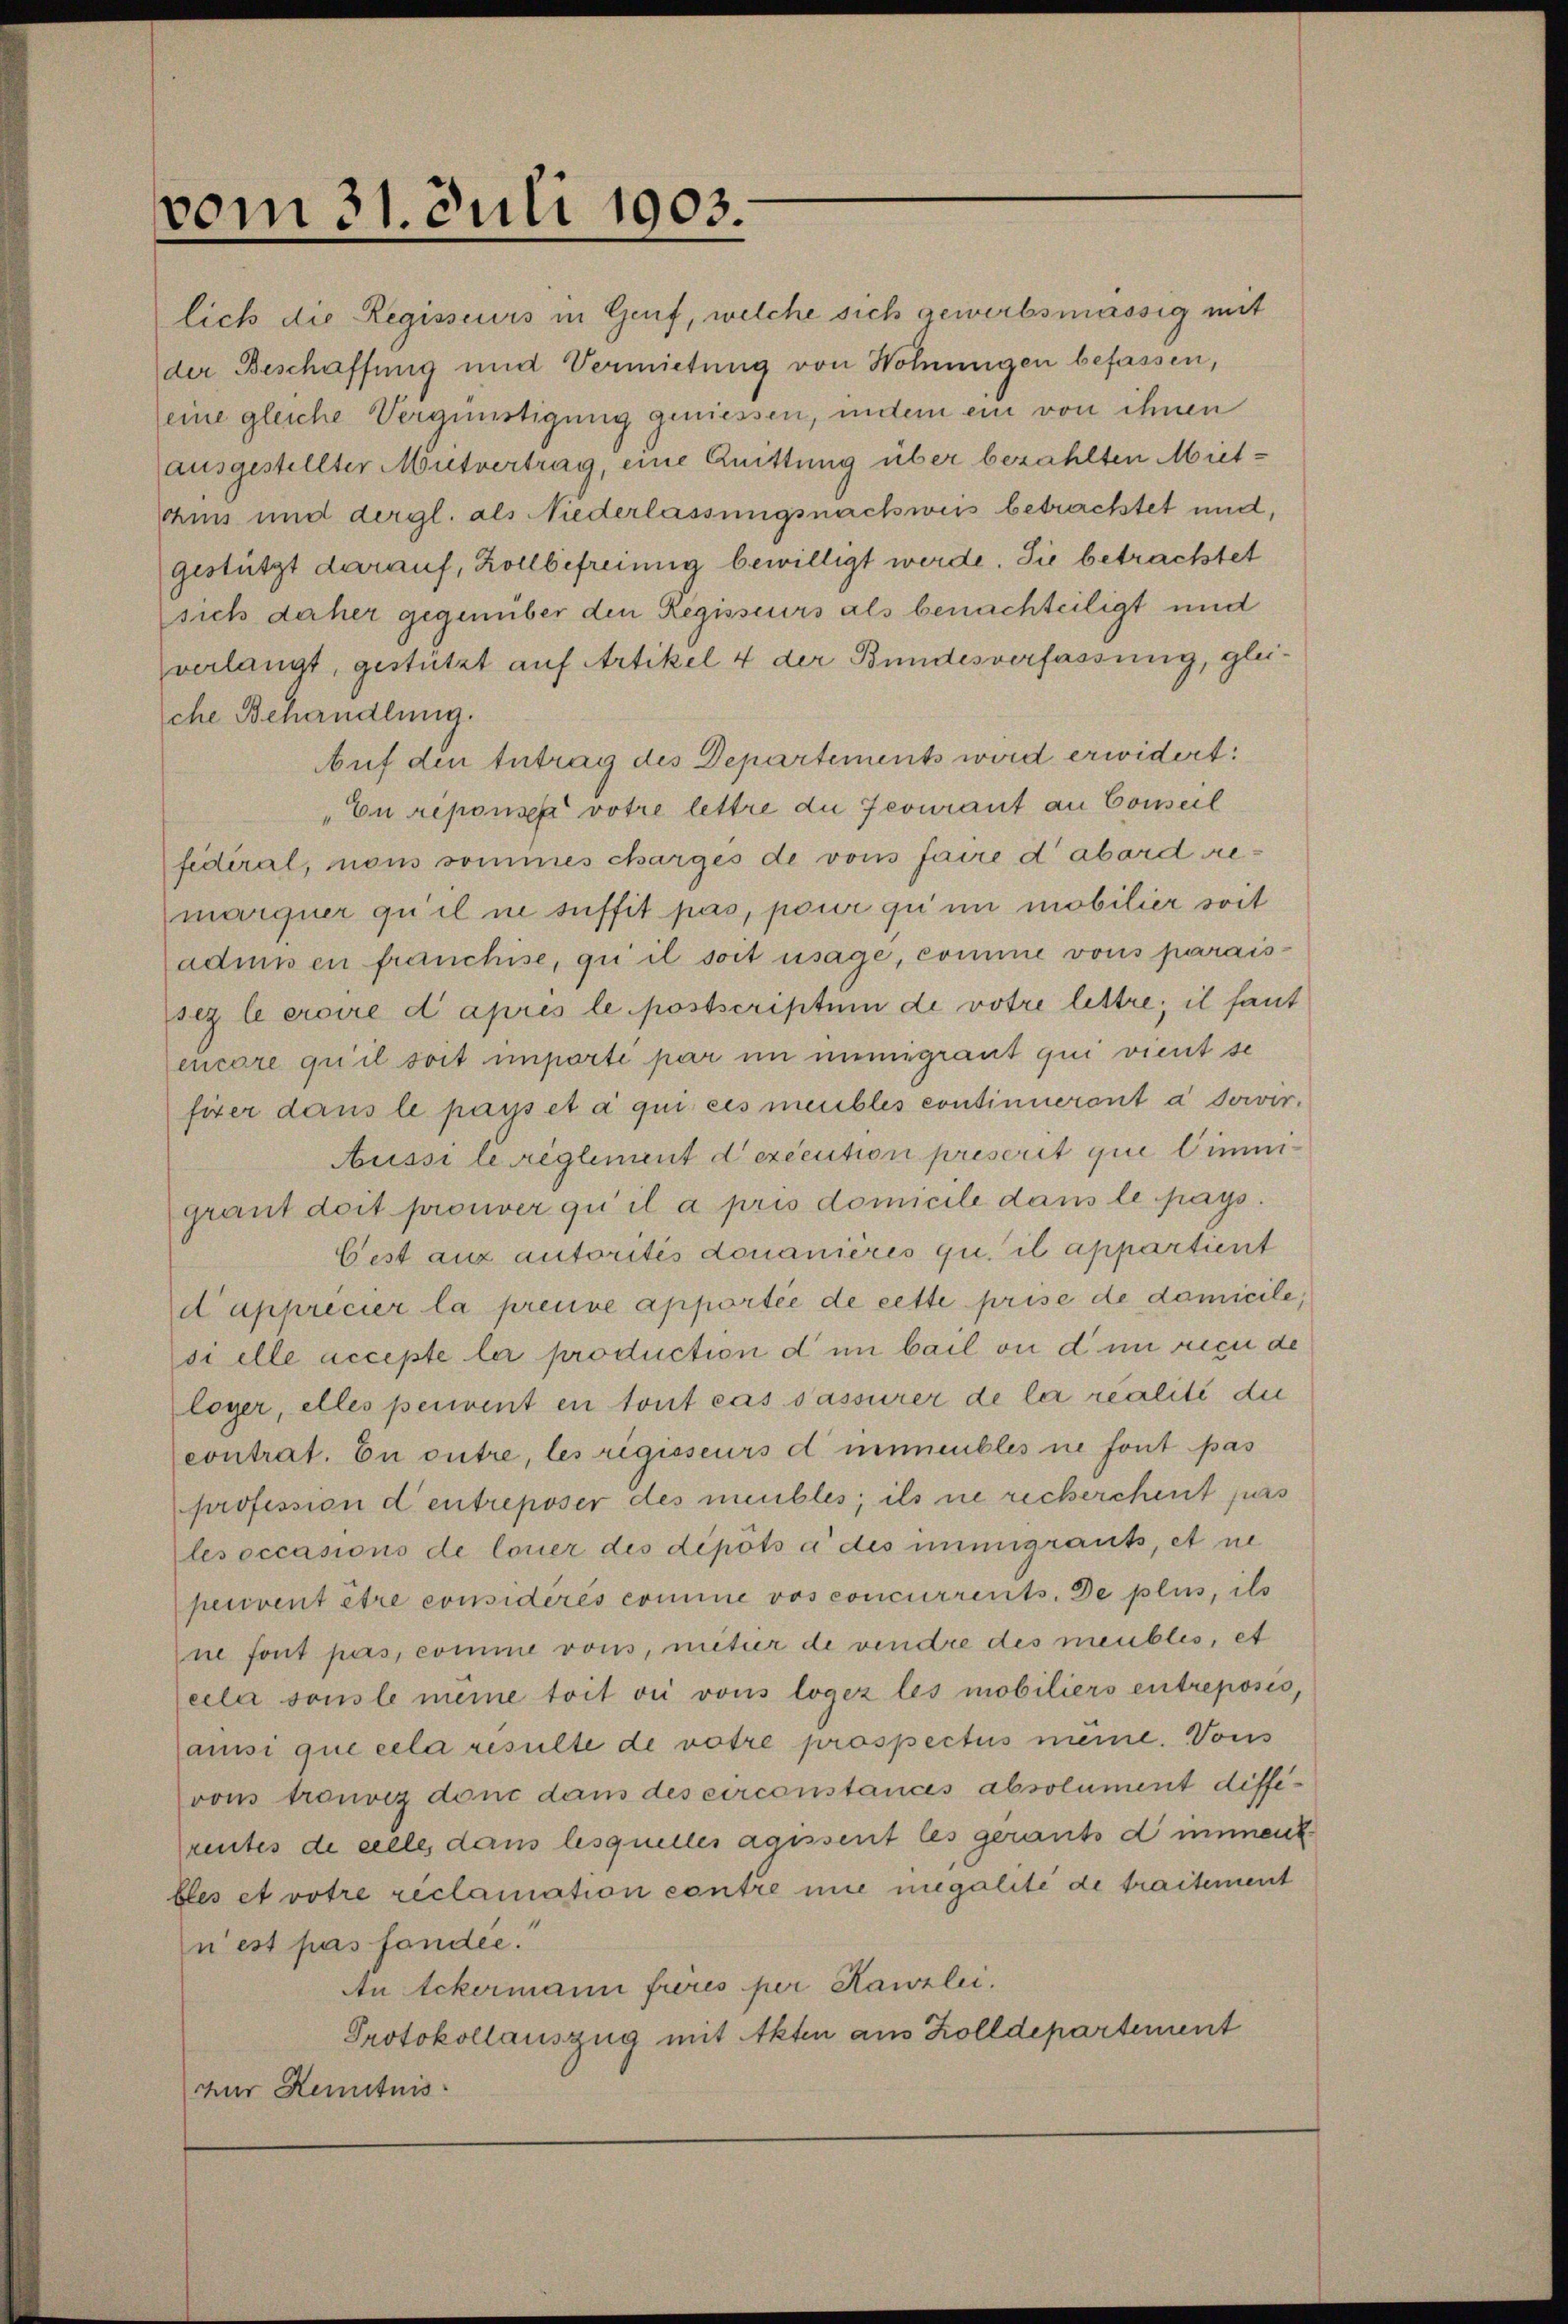
vom 31. Juli 1903.

(eine gleiche Vergünstigung geniessen, indem ein von ihnen
ausgestellter Mutvertrag, eine Quittung über bezahlten Miethius und dergl. als Niederlassungsnachweis betrachtet und,
gestützt darauf, Kollbefreiung bewilligt werde. Sie betrachtet
sich daher gegenüber den Regisseurs als benachteiligt und
verlangt, gestützt auf Artikel 4 der Bundesverfassung, gleiche Behandlung.
Auf den Antrag des Departements wird erwidert:
"Eu réponses votre lettre die Jecourant an Conseil
fidéral, nons sommes charges de vons faire d’abord remarquer qu’il ne suffit pas, pour qui in mobilier soit
admis en franchise, qui il soit usage, comme vons paraissez le croire d’après le postscriptum de votre lettre; il faut
encore qu’il soit importé par im immigrant qui vient se
fizer dans le pays et à qui ces meubles continuerant à sowir-
Aussi le reglement d’exécution prescrit que limigrant doit prouver qu’il a pris domicile dans le pays.
Cest aux autorités donanières qui il appartient
dapprécier la preuve apportée de cette prise de domicile,
si elle accepte le production d in bail an d im rice de
loyer, elles perient en tout cas sassurer de le realité die
contrat. En outre, les regisseurs d immeubles ne font pas
profession d entreposer des meubles; ils ne recherchent furs
lesoccasions de louer des dépôts à des immigrauts, et ne
pecivent être considérés comme vos concurrents. de plus, ils
ne font pas, comme vons, miter de vendre des meubles, et
eela sonste meine toit die vous logez les mobiliers entreposis,
ansi que cela resulte de votre prospectus meine. Vons
vons trouvez donc dans des circonstances absolument diffirentes de celle, dans lesquelles agissent les gerants d imment
bles et votre réclamation contre nie megalité de traitement
nest pas fander.
An Ackermann fieres per Kanzlei.
Protokollauszug mit Akten aus Zolldepartement
zur Kenntnis

lich die Regisseurs in Genf, welche sich gewerbsmässig mit
der Beschaffung und Vermietung von Wohnungen befassen,